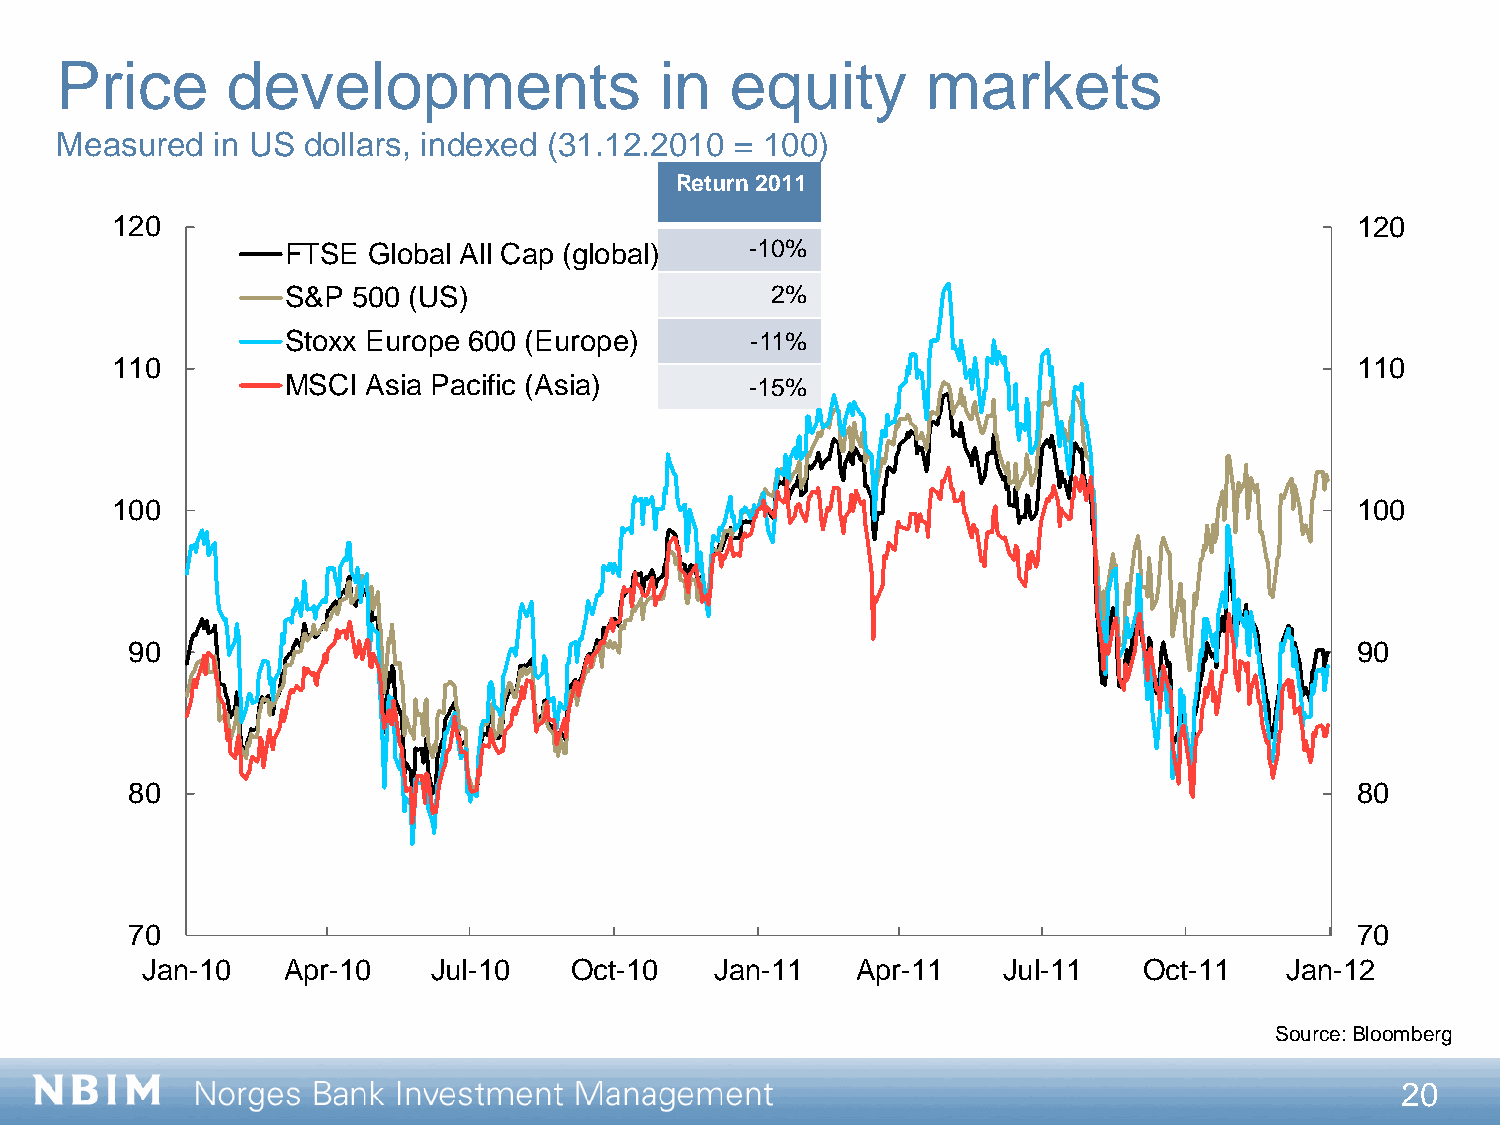
Price      developments                 in  equity       markets
 Measured  in US dollars, indexed (31.12.2010 = 100)
 Return 2011
 120                                                                                120
 FTSE Global All Cap (global)   -10%
 S&P 500 (US)                    2%
 Stoxx Europe 600 (Europe)      -11%
 110                                                                                110
 MSCI Asia Pacific (Asia)       -15%
 100                                                                                100
 90                                                                                90
 80                                                                                80
 70                                                                                70
 Jan-10    Apr-10    Jul-10   Oct-10   Jan-11    Apr-11   Jul-11    Oct-11   Jan-12
 Source: Bloomberg
 20